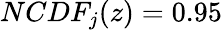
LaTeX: NCDF_{j}(z)=0.95